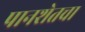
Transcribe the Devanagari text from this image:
पानशेतचा